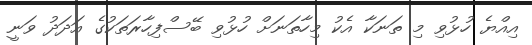
އިއްޔެ ހުޅުވި މި ތަނަކާ އެކު މިހާތަނަށް ހުޅުވި ބޭސްފިހާރަތަކުގެ އަދަދު ވަނީ